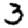
Digit: 3